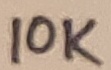
Text: 10K